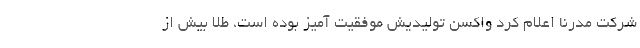
شرکت مدرنا اعلام کرد واکسن تولیدیش موفقیت آمیز بوده است، طلا بیش از